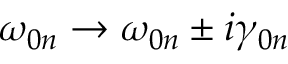
\centering \omega _ { 0 n } \rightarrow \omega _ { 0 n } \pm i \gamma _ { 0 n }